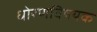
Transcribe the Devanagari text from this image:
धोरणविषयक